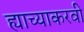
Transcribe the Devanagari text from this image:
ह्याच्याकरवी